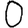
Digit: 0